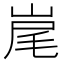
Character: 𡷱